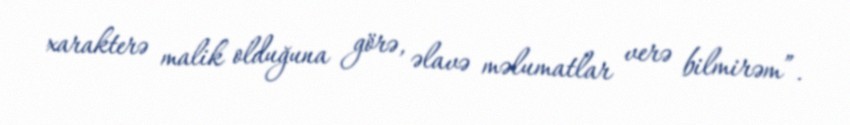
xarakterə malik olduğuna görə, əlavə məlumatlar verə bilmirəm”.